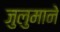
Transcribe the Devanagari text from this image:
जुलुमाने